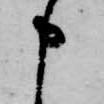
申